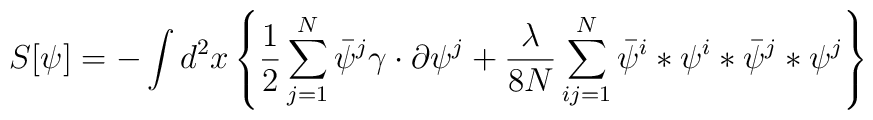
S[\psi]=-\int d^2x \left\{ \frac{1}{2}\sum_{j=1}^N\bar\psi^j\gamma\cdot\partial\psi^j+\frac{\lambda}{8N}\sum_{ij=1}^N\bar\psi^i*\psi^i*\bar\psi^j*\psi^j\right\}